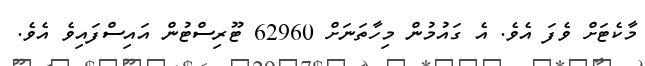
މާކެޓަށް ވެފަ އެވެ. އެ ގައުމުން މިހާތަނަށް 62960 ޓޫރިސްޓުން އައިސްފައިވެ އެވެ.